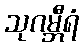
သုဂမ္ဘီရံ